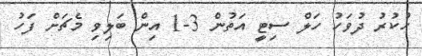
ހުކުރު ދުވަހު ހަލް ސިޓީ އަތުން 3-1 އިން ބަލިވި މެޗަށް ފަހު